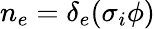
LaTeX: n_{e}=\delta_{e}(\sigma_{i}\phi)